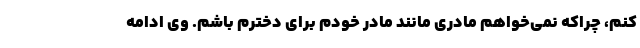
کنم، چراکه نمی‌خواهم مادری مانند مادر خودم برای دخترم باشم. وی ادامه